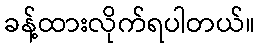
ခန့်ထားလိုက်ရပါတယ်။